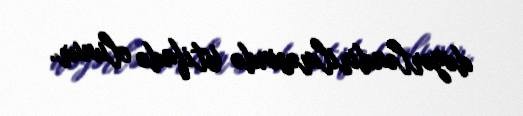
dəyərləndirilməsində istifadə olunur.